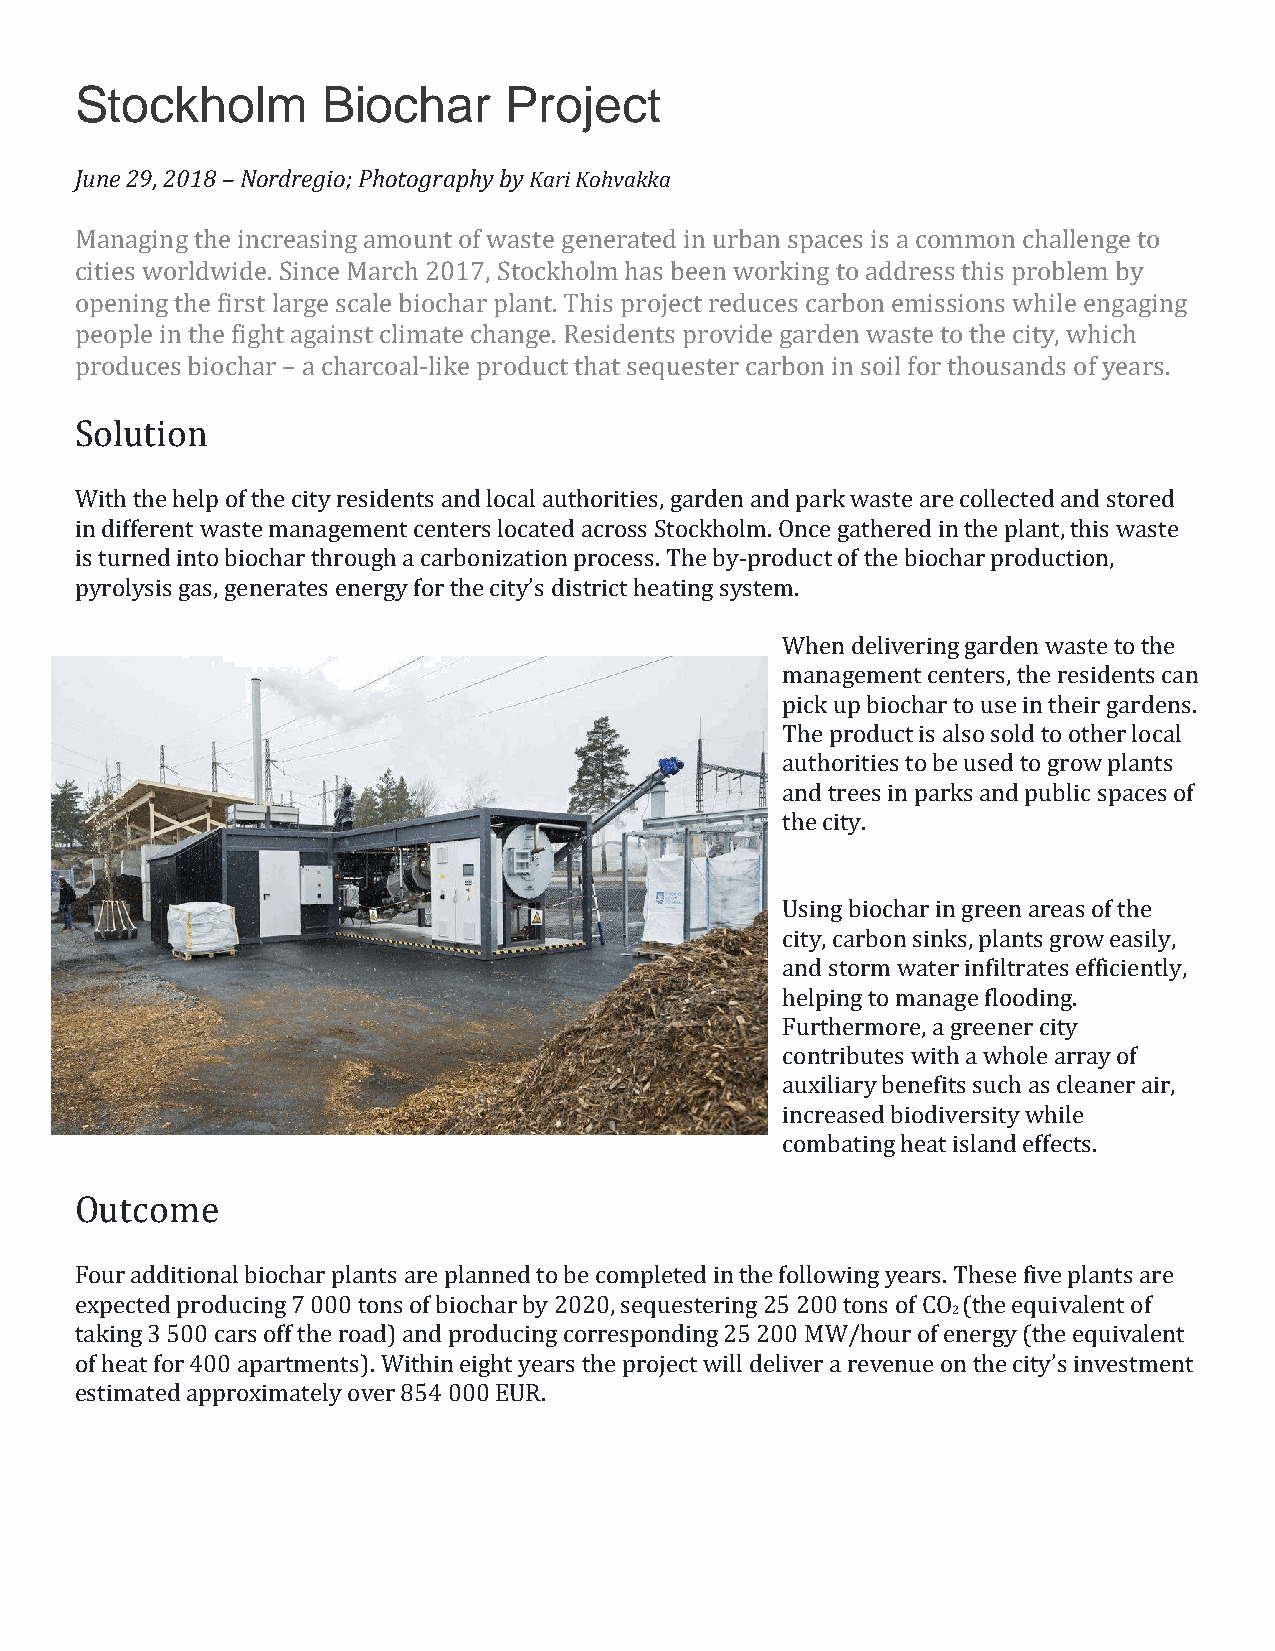
Stockholm       Biochar     Project
 June 29, 2018 – Nordregio; Photography by Kari Kohvakka
 Managing the increasing amount of waste generated in urban spaces is a common challenge to
 cities worldwide. Since March 2017, Stockholm has been working to address this problem by
 opening the first large scale biochar plant. This project reduces carbon emissions while engaging
 people in the fight against climate change. Residents provide garden waste to the city, which
 produces biochar – a charcoal-like product that sequester carbon in soil for thousands of years.
 Solution
 With the help of the city residents and local authorities, garden and park waste are collected and stored
 in different waste management centers located across Stockholm. Once gathered in the plant, this waste
 is turned into biochar through a carbonization process. The by-product of the biochar production,
 pyrolysis gas, generates energy for the city’s district heating system.
 When delivering garden waste to the
 management centers, the residents can
 pick up biochar to use in their gardens.
 The product is also sold to other local
 authorities to be used to grow plants
 and trees in parks and public spaces of
 the city.
 Using biochar in green areas of the
 city, carbon sinks, plants grow easily,
 and storm water infiltrates efficiently,
 helping to manage flooding.
 Furthermore, a greener city
 contributes with a whole array of
 auxiliary benefits such as cleaner air,
 increased biodiversity while
 combating heat island effects.
 Outcome
 Four additional biochar plants are planned to be completed in the following years. These five plants are
 expected producing 7 000 tons of biochar by 2020, sequestering 25 200 tons of CO (the equivalent of
 2
 taking 3 500 cars off the road) and producing corresponding 25 200 MW/hour of energy (the equivalent
 of heat for 400 apartments). Within eight years the project will deliver a revenue on the city’s investment
 estimated approximately over 854 000 EUR.